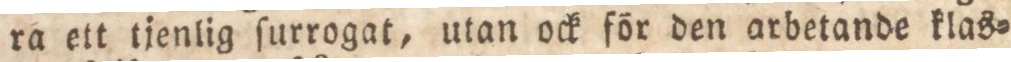
ra ett tjenlig ſurrogat, utan ock för den arbetande klas=